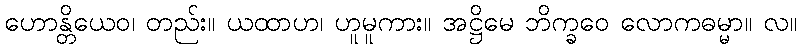
ဟောန္တိယေဝ၊ တည်း။ ယထာဟ၊ ဟူမူကား။ အဋ္ဌိမေ ဘိက္ခဝေ လောကဓမ္မာ။ လ။